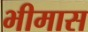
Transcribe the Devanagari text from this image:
भीमास